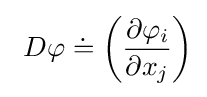
\ D\varphi \doteq \left({\frac {\partial \varphi _{i}}{\partial x_{j}}}\right)